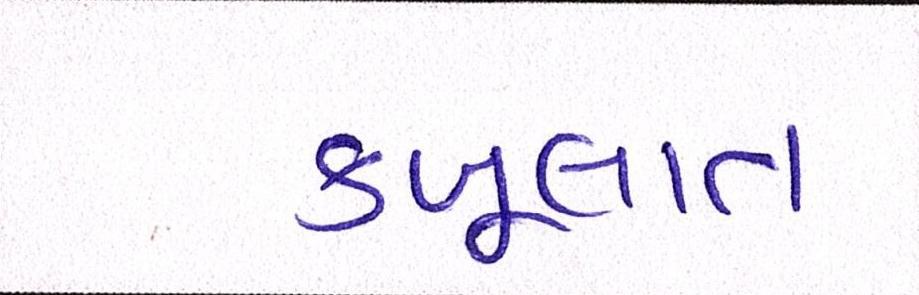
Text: કબૂલાત